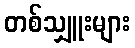
တစ်သျှူးများ